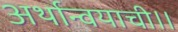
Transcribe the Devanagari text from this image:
अर्थान्वयाची।।